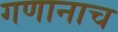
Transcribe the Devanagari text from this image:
गणानाच